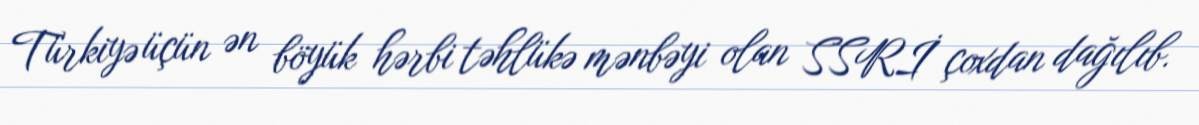
Türkiyə üçün ən böyük hərbi təhlükə mənbəyi olan SSRİ çoxdan dağılıb.